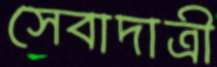
সেবাদাত্রী